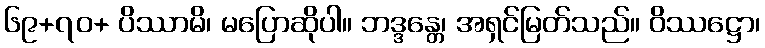
၆၉+၇၀+ ပိဿာမိ၊ မပြောဆိုပါ။ ဘဒ္ဒန္တေ၊ အရှင်မြတ်သည်။ ဝိဿဋ္ဌော၊